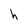
Character: h